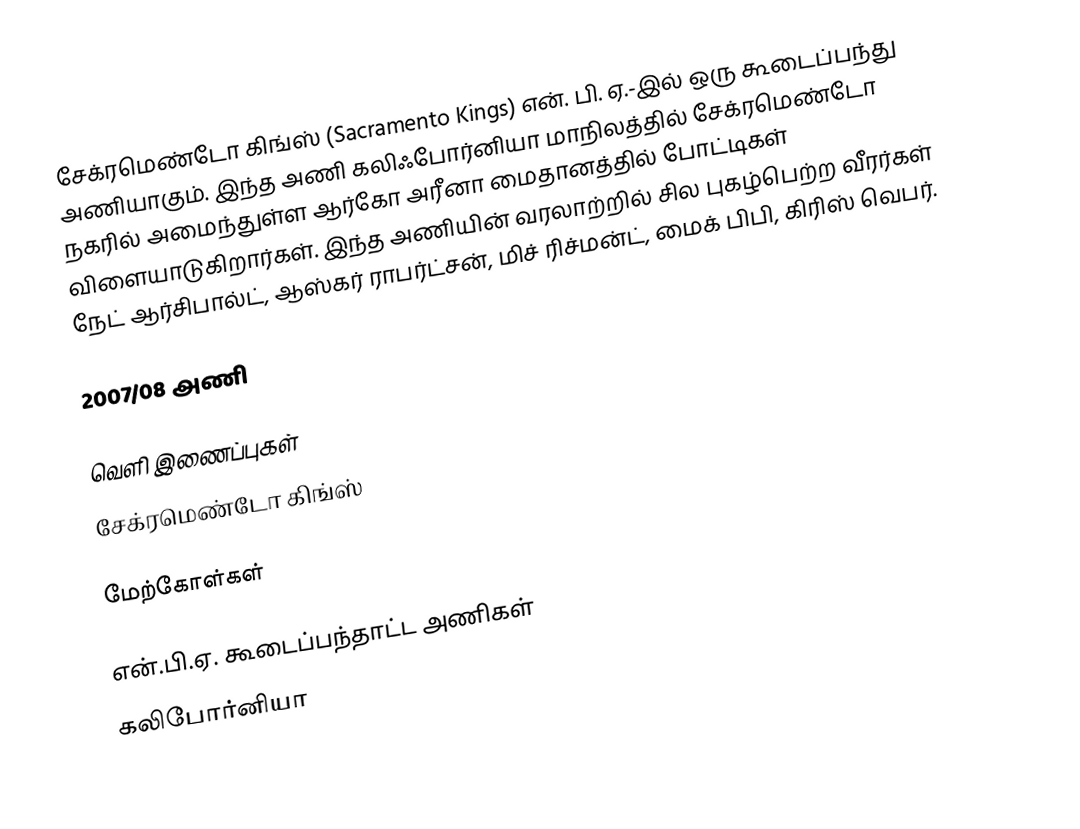
சேக்ரமெண்டோ கிங்ஸ் (Sacramento Kings) என். பி. ஏ.-இல் ஒரு கூடைப்பந்து அணியாகும். இந்த அணி கலிஃபோர்னியா மாநிலத்தில் சேக்ரமெண்டோ நகரில் அமைந்துள்ள  ஆர்கோ அரீனா மைதானத்தில் போட்டிகள் விளையாடுகிறார்கள். இந்த அணியின் வரலாற்றில் சில புகழ்பெற்ற வீரர்கள் நேட் ஆர்சிபால்ட், ஆஸ்கர் ராபர்ட்சன், மிச் ரிச்மன்ட், மைக் பிபி, கிரிஸ் வெபர்.

2007/08 அணி

வெளி இணைப்புகள்
 சேக்ரமெண்டோ கிங்ஸ்

மேற்கோள்கள்

என்.பி.ஏ. கூடைப்பந்தாட்ட அணிகள்
கலிபோர்னியா